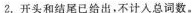
2.开头和结尾已给出，不计入总词数。